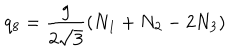
LaTeX: q _ { 8 } = { \frac { g } { 2 \sqrt { 3 } } } ( N _ { 1 } + N _ { 2 } - 2 N _ { 3 } )